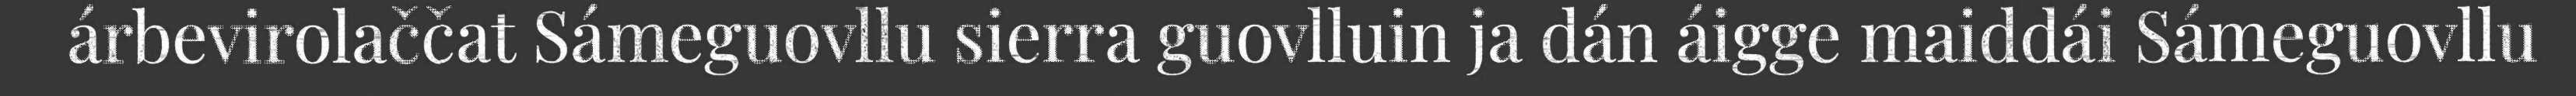
árbevirolaččat Sámeguovllu sierra guovlluin ja dán áigge maiddái Sámeguovllu